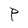
Character: P